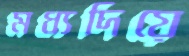
মধ্যদিয়ে